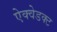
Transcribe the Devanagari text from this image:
ऐक्वेडक्ट